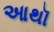
આથૉ